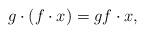
LaTeX: \begin{align*}g\cdot(f\cdot x) = gf \cdot x,\end{align*}